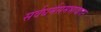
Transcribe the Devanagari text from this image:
सर्वधर्मसमभावावर